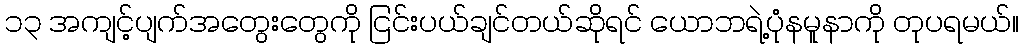
၁၃ အကျင့်ပျက်အတွေးတွေကို ငြင်းပယ်ချင်တယ်ဆိုရင် ယောဘရဲ့ပုံနမူနာကို တုပရမယ်။